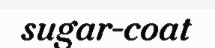
sugar-coat